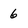
Character: 6